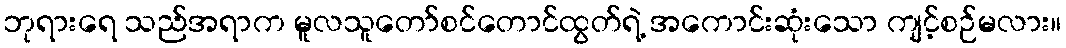
ဘုရားရေ သည်အရာက မူလသူတော်စင်တောင်ထွတ်ရဲ့ အကောင်းဆုံးသော ကျင့်စဉ်မလား။